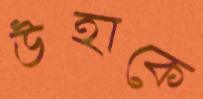
উহাকে